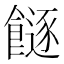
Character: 𩞈